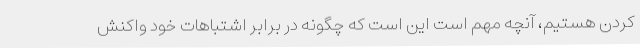
کردن هستیم، آنچه مهم است این است که چگونه در برابر اشتباهات خود واکنش